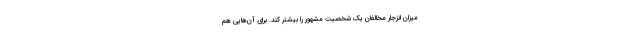
میزان انزجار مخالفان یک شخصیت مشهور را بیشتر کند. برای آن‌هایی هم